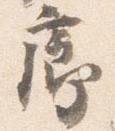
廊